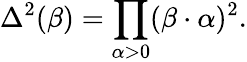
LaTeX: \Delta^{2}(\beta)=\prod_{\alpha>0}(\beta\cdot\alpha)^{2}.